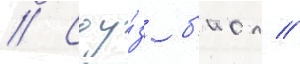
// Соу́з б'иол //